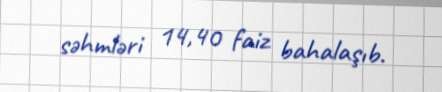
səhmləri 14,40 faiz bahalaşıb.